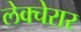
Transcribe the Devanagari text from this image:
लेक्चेरार